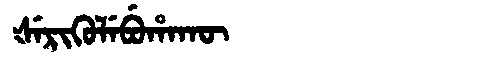
Manchu: ᡧᡝᡵᡳᡴᡠᠯᡝᠪᡠᡥᠠᡴᡡ
Romanization: ŠERIKULEBUHAKŪ